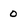
Character: o